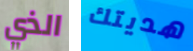
الذي هديتك